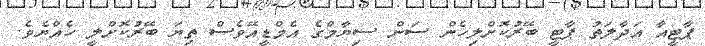
ޕާޓީއާ އަދާލަތު ޕާޓީ ބޭރުކޮށްލިހެން ސަން ސިޔާމްގެ އެމްޑީއޭވެސް ތިޔަ ބޭރުކޮށްލީ ހެއްޔެވެ.